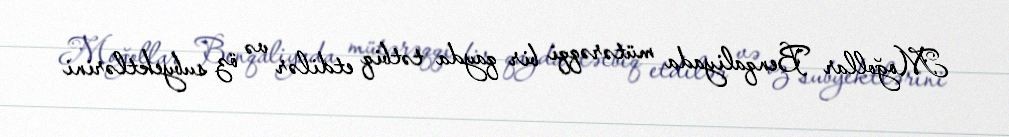
Moğollar Benqaliyada mütərəqqi bir qayda tətbiq etdilər və öz subyektlərini